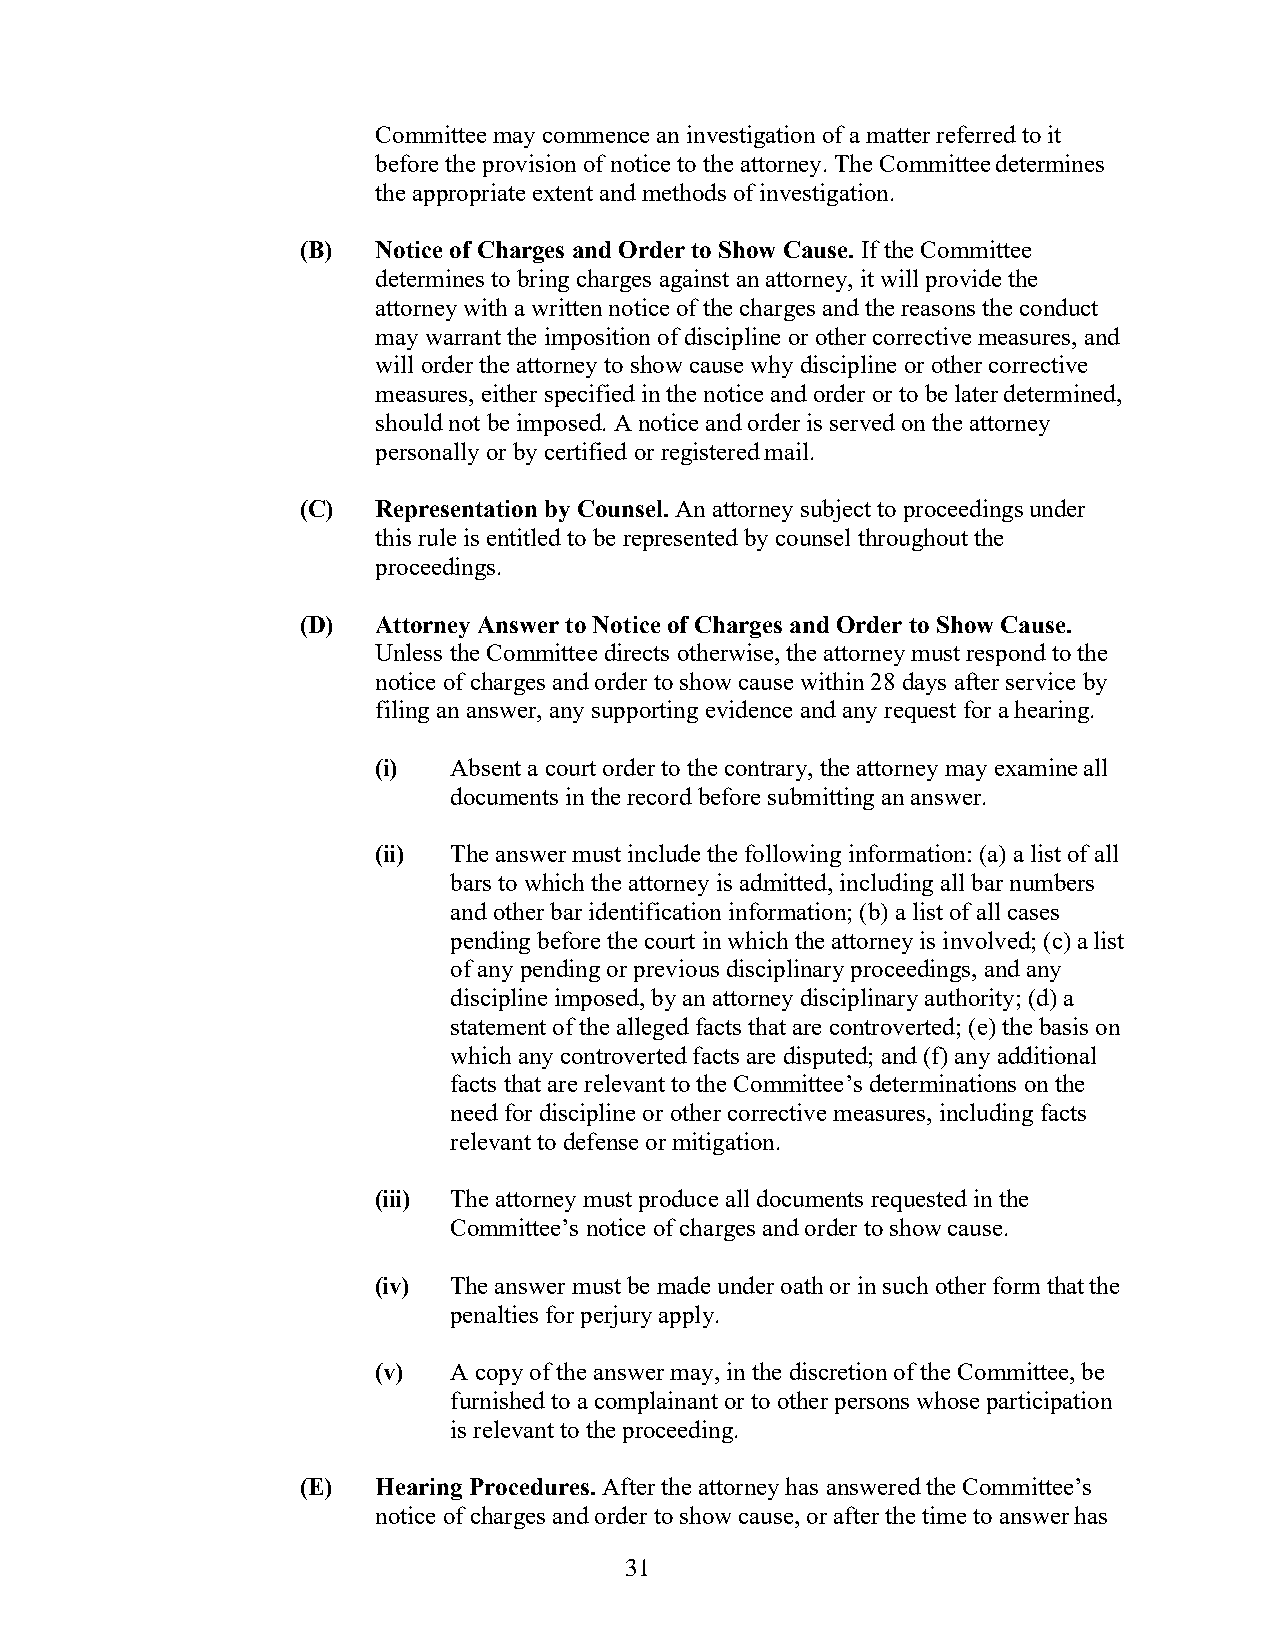
Committee may commence an investigation of a matter referred to it
 before the provision of notice to the attorney. The Committee determines
 the appropriate extent and methods of investigation.
 (B)  Notice of Charges and Order to Show Cause. If the Committee
 determines to bring charges against an attorney, it will provide the
 attorney with a written notice of the charges and the reasons the conduct
 may warrant the imposition of discipline or other corrective measures, and
 will order the attorney to show cause why discipline or other corrective
 measures, either specified in the notice and order or to be later determined,
 should not be imposed. A notice and order is served on the attorney
 personally or by certified or registered mail.
 (C)  Representation by Counsel. An attorney subject to proceedings under
 this rule is entitled to be represented by counsel throughout the
 proceedings.
 (D)  Attorney Answer to Notice of Charges and Order to Show Cause.
 Unless the Committee directs otherwise, the attorney must respond to the
 notice of charges and order to show cause within 28 days after service by
 filing an answer, any supporting evidence and any request for a hearing.
 (i)  Absent a court order to the contrary, the attorney may examine all
 documents in the record before submitting an answer.
 (ii) The answer must include the following information: (a) a list of all
 bars to which the attorney is admitted, including all bar numbers
 and other bar identification information; (b) a list of all cases
 pending before the court in which the attorney is involved; (c) a list
 of any pending or previous disciplinary proceedings, and any
 discipline imposed, by an attorney disciplinary authority; (d) a
 statement of the alleged facts that are controverted; (e) the basis on
 which any controverted facts are disputed; and (f) any additional
 facts that are relevant to the Committee’s determinations on the
 need for discipline or other corrective measures, including facts
 relevant to defense or mitigation.
 (iii) The attorney must produce all documents requested in the
 Committee’s notice of charges and order to show cause.
 (iv) The answer must be made under oath or in such other form that the
 penalties for perjury apply.
 (v)  A copy of the answer may, in the discretion of the Committee, be
 furnished to a complainant or to other persons whose participation
 is relevant to the proceeding.
 (E)  Hearing Procedures. After the attorney has answered the Committee’s
 notice of charges and order to show cause, or after the time to answer has
 31